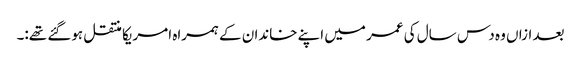
بعد ازاں وہ دس سال کی عمر میں اپنے خاندان کے ہمراہ امریکا منتقل ہوگئے تھے:۔